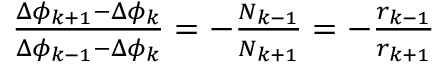
\begin{array} { r } { \frac { \Delta \phi _ { k + 1 } - \Delta \phi _ { k } } { \Delta \phi _ { k - 1 } - \Delta \phi _ { k } } = - \frac { N _ { k - 1 } } { N _ { k + 1 } } = - \frac { r _ { k - 1 } } { r _ { k + 1 } } \; } \end{array}